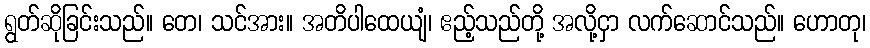
ရွတ်ဆိုခြင်းသည်။ တေ၊ သင်အား။ အတိပါထေယျံ၊ ဧည့်သည်တို့ အလို့ငှာ လက်ဆောင်သည်။ ဟောတု၊